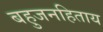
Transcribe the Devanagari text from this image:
बहुजनहिताय